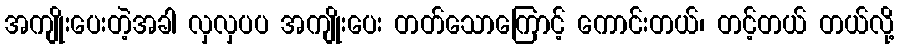
အကျိုးပေးတဲ့အခါ လှလှပပ အကျိုးပေး တတ်သောကြောင့် ကောင်းတယ်၊ တင့်တယ် တယ်လို့